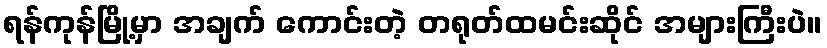
ရန်ကုန်မြို့မှာ အချက် ကောင်းတဲ့ တရုတ်ထမင်းဆိုင် အများကြီးပဲ။